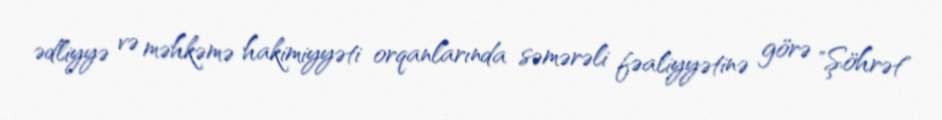
ədliyyə və məhkəmə hakimiyyəti orqanlarında səmərəli fəaliyyətinə görə "Şöhrət"